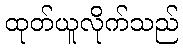
ထုတ်ယူလိုက်သည်